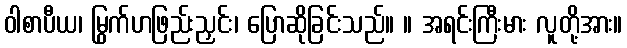
ဝါစာပီယ၊ မြွက်ဟဖြည်းညှင်း၊ ပြောဆိုခြင်းသည်။ ။ အရင်းကြီးမား လူတို့အား။